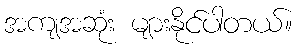
အကျအဆုံး များနိုင်ပါတယ်။